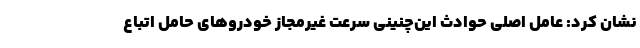
نشان کرد: عامل اصلی حوادث این‌چنینی سرعت غیرمجاز خودروهای حامل اتباع